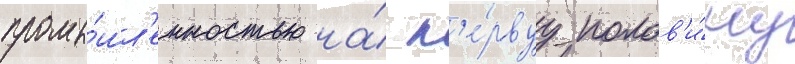
промы́шл'енностью на́ п'е́рвуу полов'и́ну